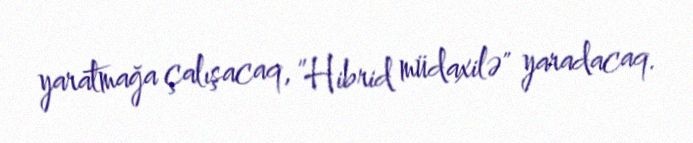
yaratmağa çalışacaq, ”Hibrid müdaxilə" yaradacaq.